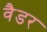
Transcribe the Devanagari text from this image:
वैडर